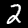
Label: 2